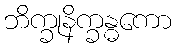
ဘိက္ခုနိက္ခန္ဓကော